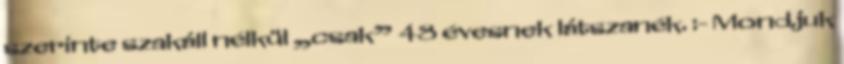
szerinte szakáll nélkül „csak” 48 évesnek látszanék. :- Mondjuk